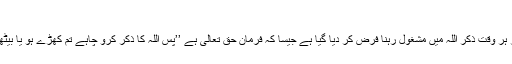
ملفوظاتِ غوثیہ)
* طالبانِ مولیٰ پر ہر وقت ذکرِ اللہ میں مشغول رہنا فرض کر دیا گیا ہے جیسا کہ فرمانِ حق تعالیٰ ہے ’’پس اللہ کا ذکر کرو چاہے تم کھڑے ہو یا بیٹھے ہو یا لیٹے ہو۔